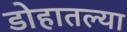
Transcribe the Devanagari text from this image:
डोहातल्या